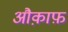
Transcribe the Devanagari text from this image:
औक़ाफ़